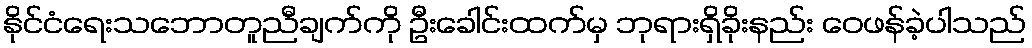
နိုင်ငံရေးသဘောတူညီချက်ကို ဦးခေါင်းထက်မှ ဘုရားရှိခိုးနည်း ဝေဖန်ခဲ့ပါသည်